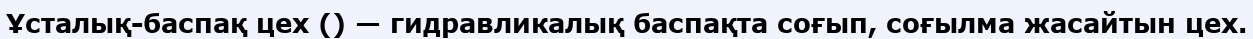
Ұсталық-баспақ цех () — гидравликалық баспақта соғып, соғылма жасайтын цех.